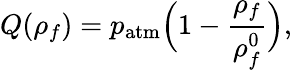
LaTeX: Q(\rho_{f})=p_{\mathrm{atm}}\Big(1-\frac{\rho_{f}}{\rho_{f}^{0}}\Big),